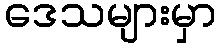
ဒေသများမှာ